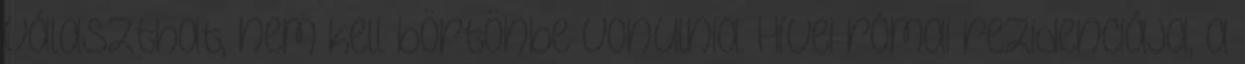
választhat, nem kell börtönbe vonulnia. Hívei római rezidenciája, a